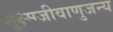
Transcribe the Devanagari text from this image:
सूक्ष्मजीवाणुजन्य